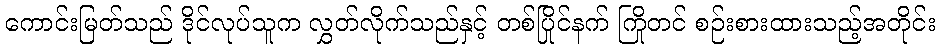
ကောင်းမြတ်သည် ဒိုင်လုပ်သူက လွှတ်လိုက်သည်နှင့် တစ်ပြိုင်နက် ကြိုတင် စဉ်းစားထားသည့်အတိုင်း